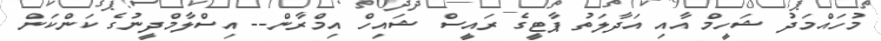
މުހައްމަދު ޝަހީމް އާއި އަދާލަތު ޕާޓީގެ ރައީސް ޝައިހް އިމްރާން-- އިސްލާމްދީނުގެ ކަންކަން